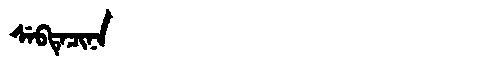
Manchu: ᠰᡝᠪᡨᡝᠴᡳᠨᠠ
Romanization: SEBTECINA